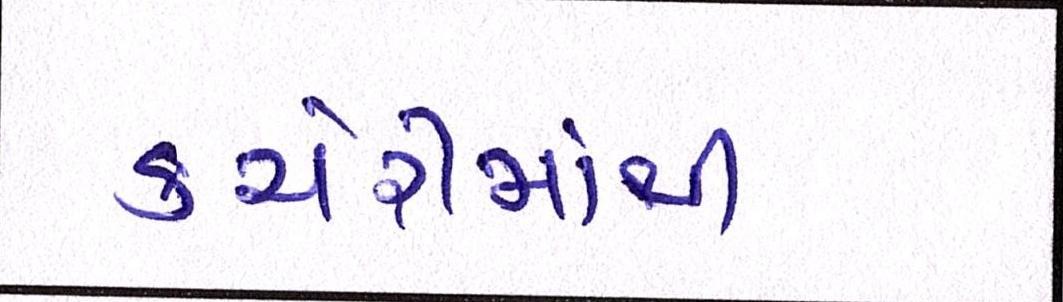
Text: કચેરીમાંથી